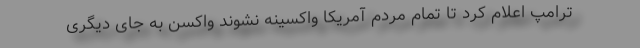
ترامپ اعلام کرد تا تمام مردم آمریکا واکسینه نشوند واکسن به جای دیگری